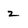
Character: 2